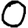
Digit: 0